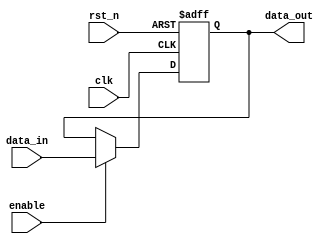
module output_register #(
    parameter DATA_WIDTH = 8  // Parameter to define the width of the data
)(
    input wire clk,            // Clock input
    input wire rst_n,         // Asynchronous active-low reset
    input wire enable,         // Enable signal
    input wire [DATA_WIDTH-1:0] data_in, // Data input
    output reg [DATA_WIDTH-1:0] data_out // Data output
);

// Asynchronous reset and clock edge sensitivity
always @(posedge clk or negedge rst_n) begin
    if (!rst_n) begin
        // Reset the output to zero
        data_out <= {DATA_WIDTH{1'b0}};
    end else if (enable) begin
        // Update the output with the input data
        data_out <= data_in;
    end
    // If enable is low, data_out retains its previous value
end

endmodule